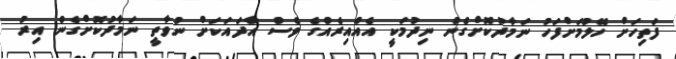
ފަތިހަށް ހޭލުމަށްފަހު ނަމާދުކޮށްގެން ނިދުމަކީ އެއްއިރެއްގެ ވެސް އާދައަކަށް ނުވާތީ ނަމާދުކޮށްގެން އިރު